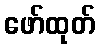
ဖော်ထုတ်